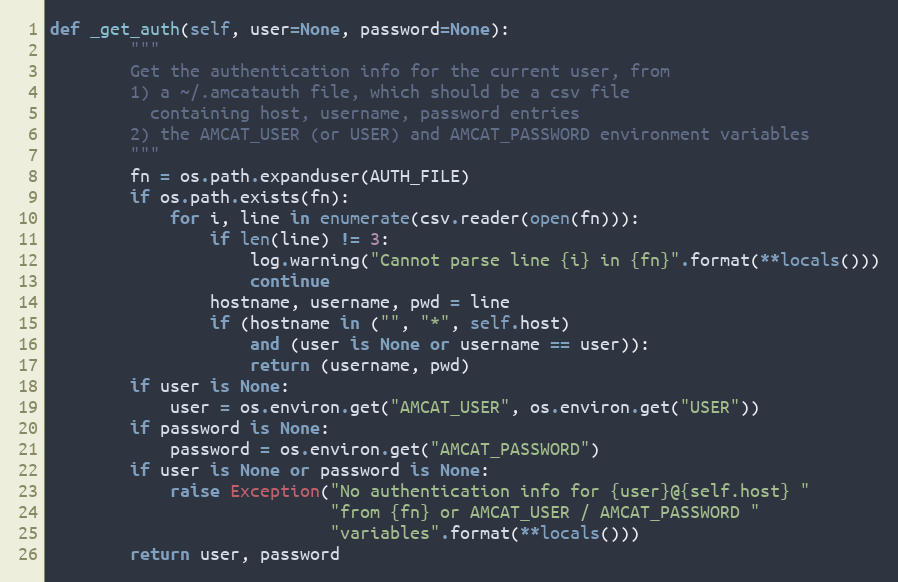
Language: Python
def _get_auth(self, user=None, password=None):
        """
        Get the authentication info for the current user, from
        1) a ~/.amcatauth file, which should be a csv file
          containing host, username, password entries
        2) the AMCAT_USER (or USER) and AMCAT_PASSWORD environment variables
        """
        fn = os.path.expanduser(AUTH_FILE)
        if os.path.exists(fn):
            for i, line in enumerate(csv.reader(open(fn))):
                if len(line) != 3:
                    log.warning("Cannot parse line {i} in {fn}".format(**locals()))
                    continue
                hostname, username, pwd = line
                if (hostname in ("", "*", self.host)
                    and (user is None or username == user)):
                    return (username, pwd)
        if user is None:
            user = os.environ.get("AMCAT_USER", os.environ.get("USER"))
        if password is None:
            password = os.environ.get("AMCAT_PASSWORD")
        if user is None or password is None:
            raise Exception("No authentication info for {user}@{self.host} "
                            "from {fn} or AMCAT_USER / AMCAT_PASSWORD "
                            "variables".format(**locals()))
        return user, password